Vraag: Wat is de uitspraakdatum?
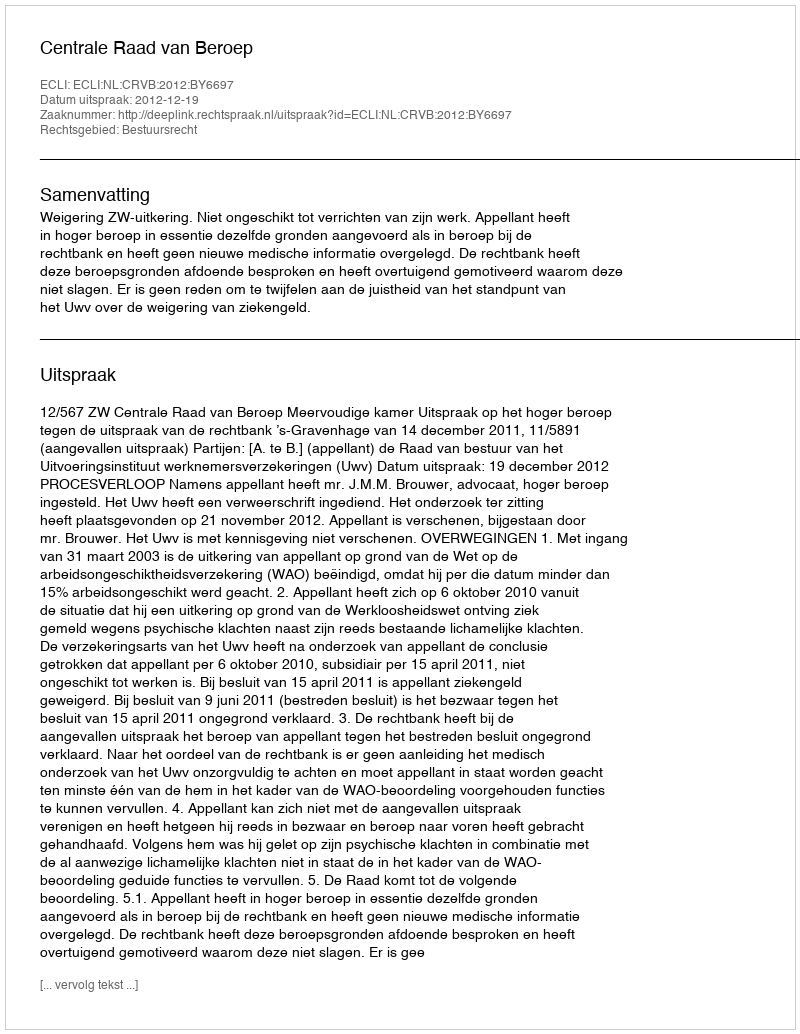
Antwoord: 2012-12-19